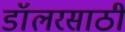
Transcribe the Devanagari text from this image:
डॉलरसाठी